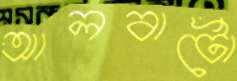
আলবার্টো